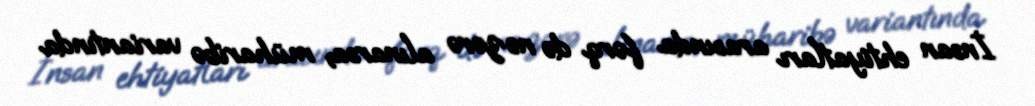
İnsan ehtiyatları arasında fərq də nəzərə alınarsa, müharibə variantında